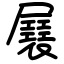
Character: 㞡